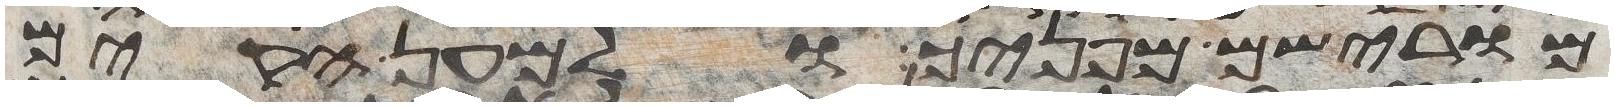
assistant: מורישם מפניך ולמען הקים